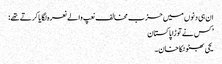
ان ہی دنوں میں حزب مخالف نعپ والے نعرہ لگایا کرتے تھے:
’ کس نے توڑا پاکستان
یحی بھٹو ٹکا خان۔